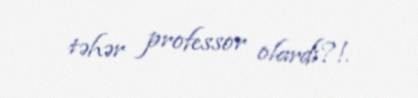
təhər professor olardı?!.